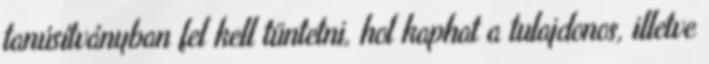
tanúsítványban fel kell tüntetni, hol kaphat a tulajdonos, illetve